Lunatic asylums Burma 1907-21 - 1907-1921
Year: 1907
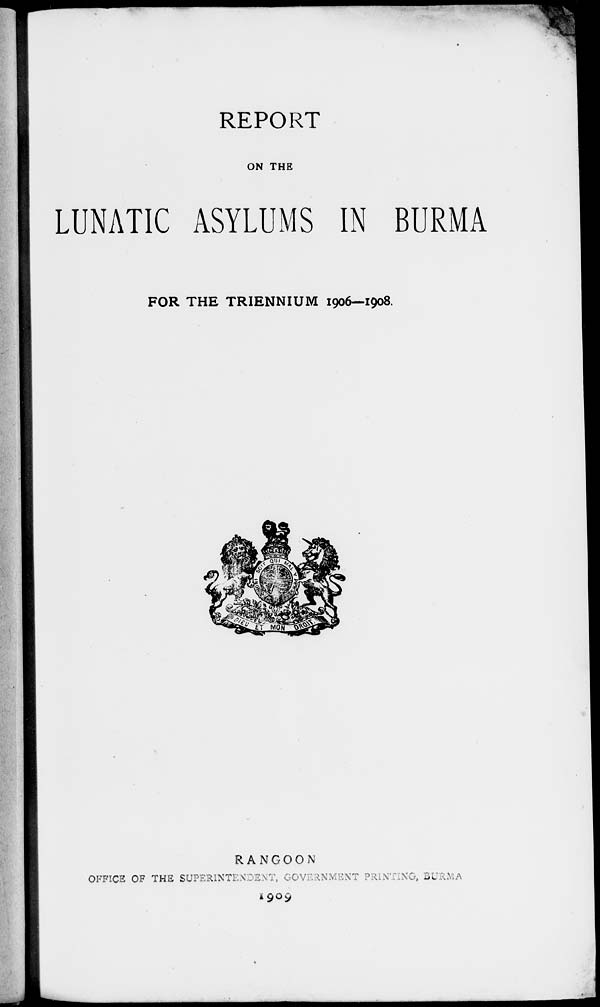
REPORT
ON THE
LUNATIC ASYLUMS IN BURMA
FOR THE TRIENNIUM 1906—1908.
RANGOON
OFFICE OF THE SUPERINTENDENT, GOVERNMENT PRINTING, BURMA
1909